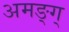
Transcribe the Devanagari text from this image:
अमङ्ग्